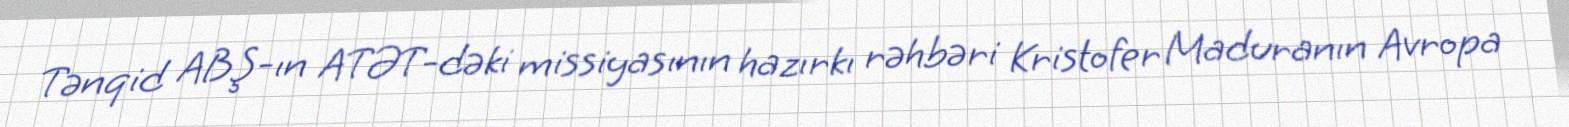
Tənqid ABŞ-ın ATƏT-dəki missiyasının hazırkı rəhbəri Kristofer Maduranın Avropa